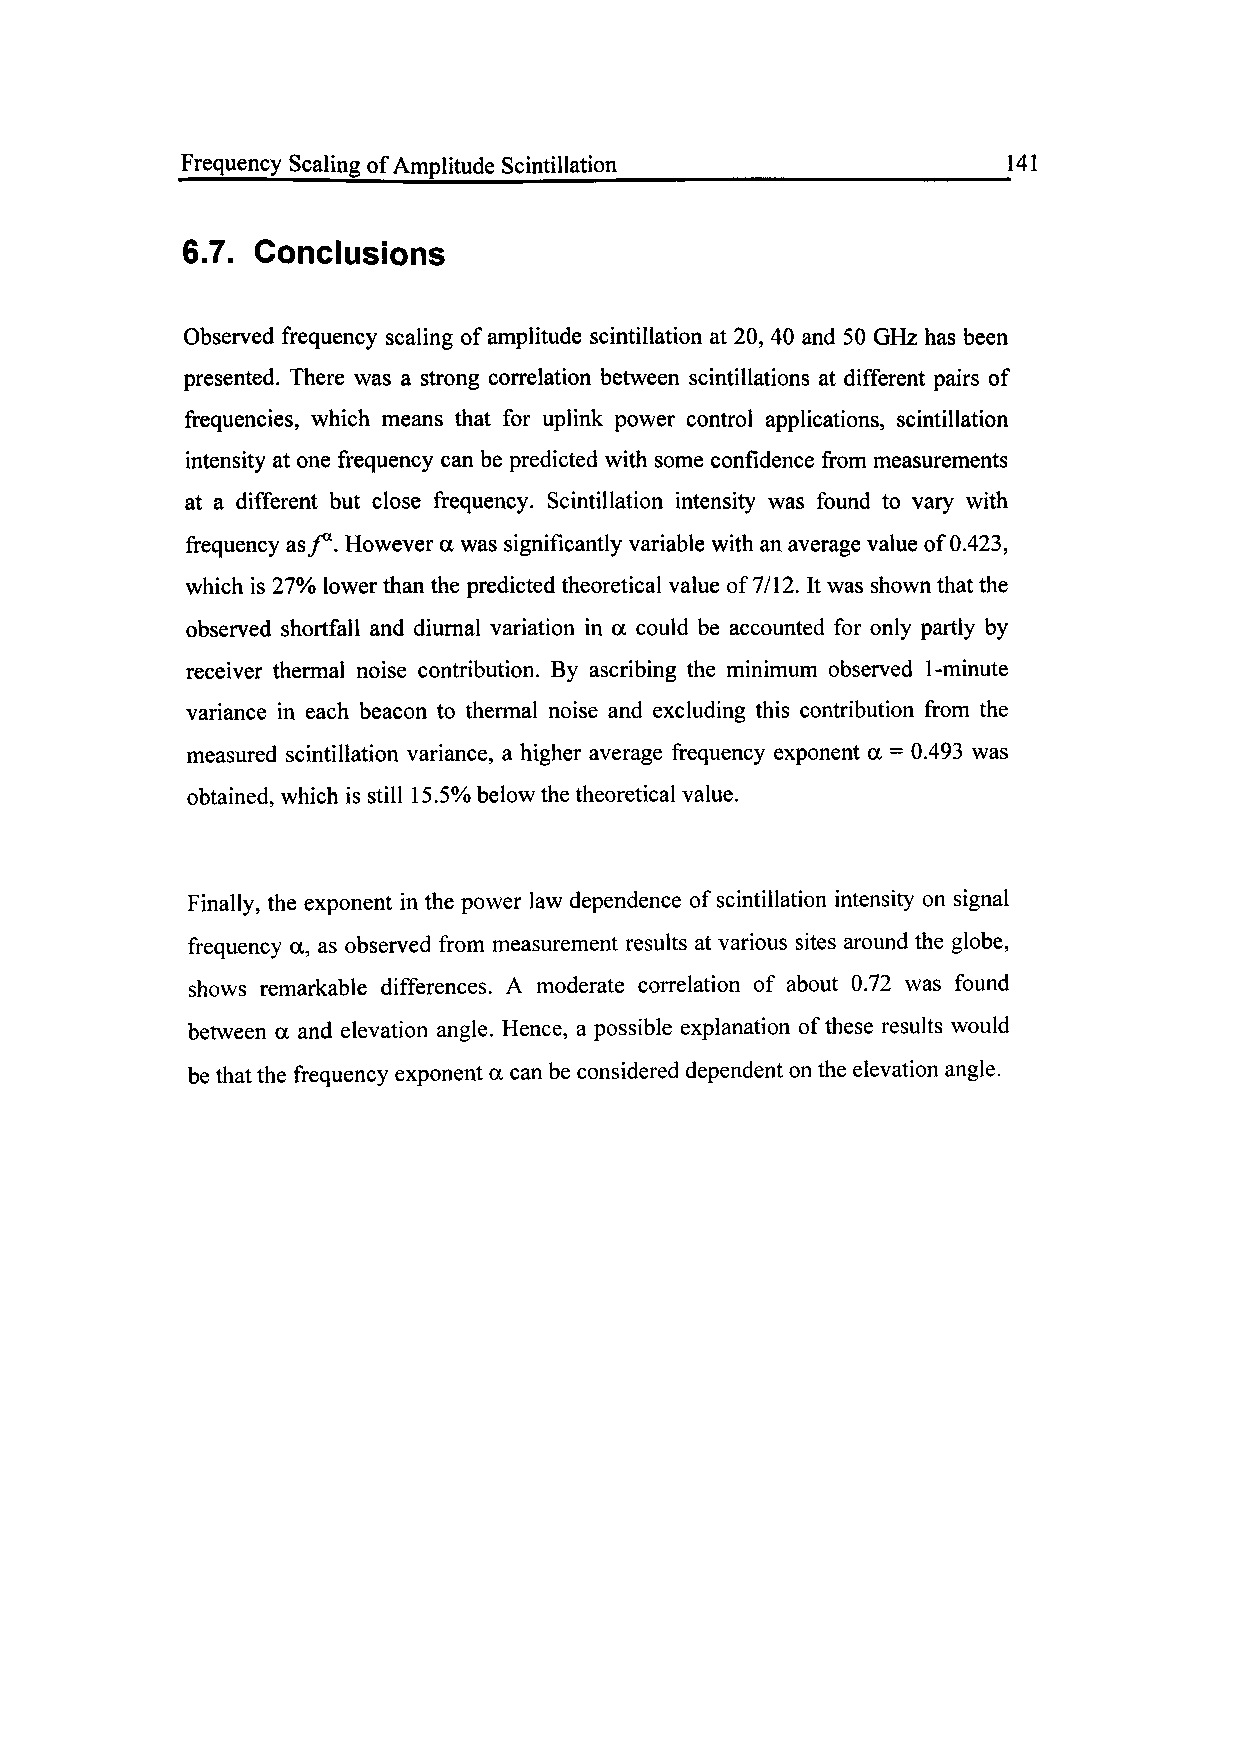
Frequency Scaling of Amplitude Scintillation______________________141
 6.7. Conclusions
 Observed frequency scaling of amplitude scintillation at 20, 40 and 50 GHz has been
 presented. There was a strong correlation between scintillations at different pairs of
 frequencies, which means that for uplink power control applications, scintillation
 intensity at one frequency can be predicted with some confidence from measurements
 at a different but close frequency. Scintillation intensity was found to vary with
 frequency as/". However a was significantly variable with an average value of 0.423,
 which is 27% lower than the predicted theoretical value of 7/12. It was shown that the
 observed shortfall and diurnal variation in a could be accounted for only partly by
 receiver thermal noise contribution. By ascribing the minimum observed 1-minute
 variance in each beacon to thermal noise and excluding this contribution from the
 measured scintillation variance, a higher average frequency exponent a = 0.493 was
 obtained, which is still 15.5% below the theoretical value.
 Finally, the exponent in the power law dependence of scintillation intensity on signal
 frequency a, as observed from measurement results at various sites around the globe,
 shows remarkable differences. A moderate correlation of about 0.72 was found
 between a and elevation angle. Hence, a possible explanation of these results would
 be that the frequency exponent a can be considered dependent on the elevation angle.